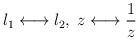
LaTeX: \begin{align*}l_1 \longleftrightarrow l_2, \; z \longleftrightarrow \frac1z\end{align*}